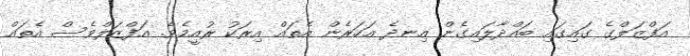
އަފްޒަލްގެ ގައިގައި ބައްދާލައިގެން އިނދެ އަހަރެން އެތައް އިރަކު ރުއީމެވެ. އަފްޒަލްވެސް އެތައް